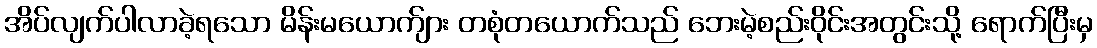
အိပ်လျက်ပါလာခဲ့ရသော မိန်းမယောက်ျား တစုံတယောက်သည် ဘေးမဲ့စည်းဝိုင်းအတွင်းသို့ ရောက်ပြီးမှ